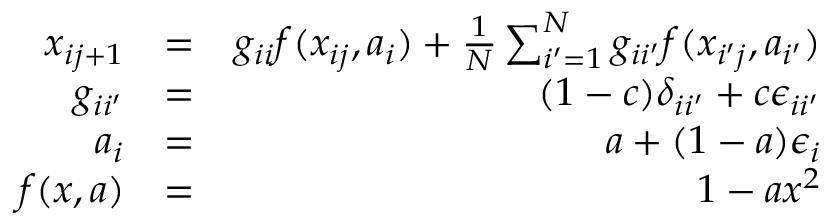
\begin{array} { r l r } { x _ { i j + 1 } } & { = } & { g _ { i i } f ( x _ { i j } , a _ { i } ) + \frac { 1 } { N } \sum _ { i ^ { \prime } = 1 } ^ { N } g _ { i i ^ { \prime } } f ( x _ { i ^ { \prime } j } , a _ { i ^ { \prime } } ) } \\ { g _ { i i ^ { \prime } } } & { = } & { ( 1 - c ) \delta _ { i i ^ { \prime } } + c \epsilon _ { i i ^ { \prime } } } \\ { a _ { i } } & { = } & { a + ( 1 - a ) \epsilon _ { i } } \\ { f ( x , a ) } & { = } & { 1 - a x ^ { 2 } } \end{array}